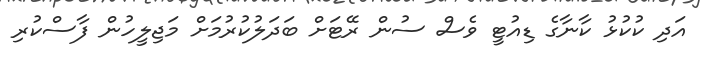
އަދި ކުކުޅު ކާނާގެ ޑިއުޓީ ވެސް ސުން ރޭޓަށް ބަދަލުކުރުމަށް މަޖިލީހުން ފާސްކުރި